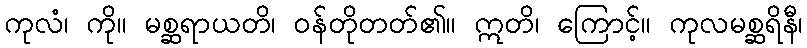
ကုလံ၊ ကို။ မစ္ဆရာယတိ၊ ဝန်တိုတတ်၏။ ဣတိ၊ ကြောင့်။ ကုလမစ္ဆရိနီ၊